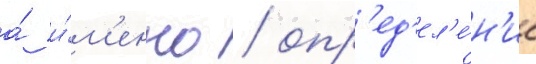
а́ и́м'енно / опр'ед'ел'е́н'ие